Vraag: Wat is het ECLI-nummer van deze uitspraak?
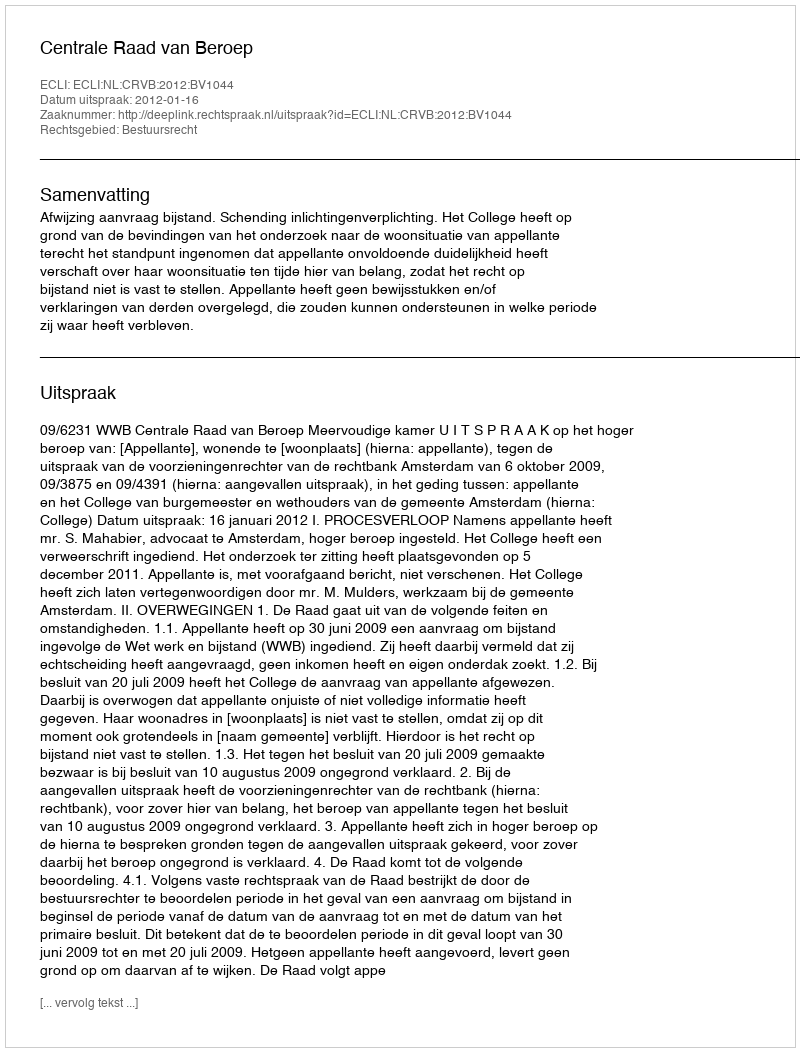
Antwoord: ECLI:NL:CRVB:2012:BV1044